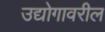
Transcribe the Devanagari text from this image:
उद्योगावरील